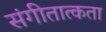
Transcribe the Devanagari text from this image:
संगीतात्कता